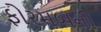
ફોરમબની